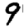
Digit: 9